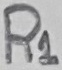
Text: R1